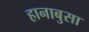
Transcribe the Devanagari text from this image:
हानाबुसा